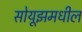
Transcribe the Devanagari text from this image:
सोयूझमधील